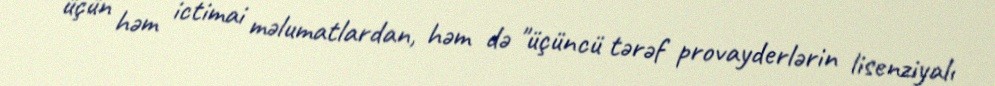
üçün həm ictimai məlumatlardan, həm də "üçüncü tərəf provayderlərin lisenziyalı